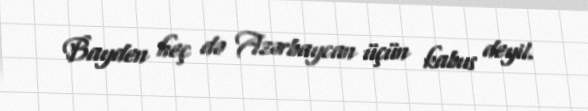
Bayden heç də Azərbaycan üçün kabus deyil.